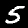
Digit: 5